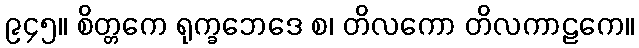
၉၄၅။ စိတ္တကေ ရုက္ခဘေဒေ စ၊ တိလကော တိလကာဠကေ။